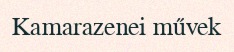
Kamarazenei művek